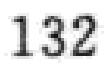
132